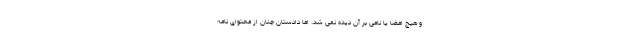
و هیچ امضا یا نامی بر آن دیده نمی شد. اما دادستان چنان از محتوای نامه